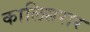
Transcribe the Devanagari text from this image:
कालिसरार